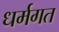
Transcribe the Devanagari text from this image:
धर्मगत